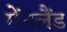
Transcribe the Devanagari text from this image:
मेंनलैंड